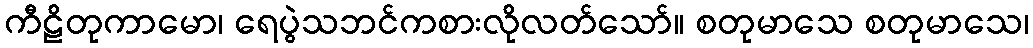
ကီဠိတုကာမော၊ ရေပွဲသဘင်ကစားလိုလတ်သော်။ စတုမာသေ စတုမာသေ၊